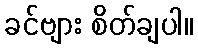
ခင်ဗျား စိတ်ချပါ။